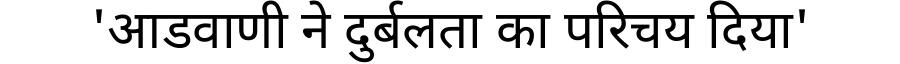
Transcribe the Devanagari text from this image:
'आडवाणी ने दुर्बलता का परिचय दिया'